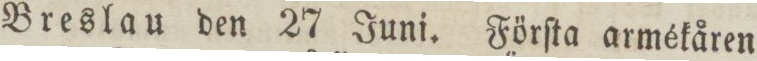
Breslau den 27 Juni. Förſta armékåren